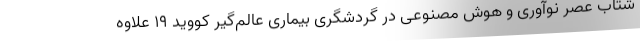
شتاب عصر نوآوری و هوش مصنوعی در گردشگری بیماری عالم‌گیر کووید 19 علاوه